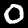
Label: 0